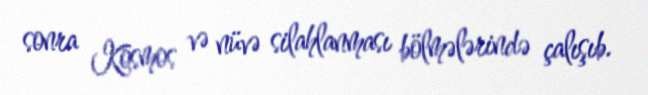
sonra Kosmos və nüvə silahlanması bölmələrində çalışıb.